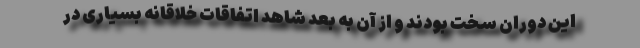
این دوران سخت بودند و از آن به بعد شاهد اتفاقات خلاقانه بسیاری در